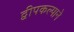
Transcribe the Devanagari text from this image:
द्वीपकल्पाने